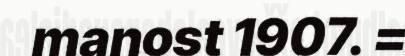
manost 1907. =